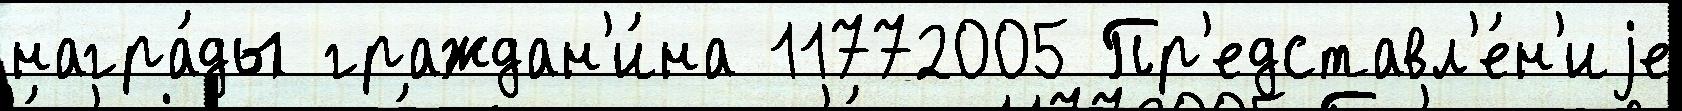
награ́ды граждан'и́на 11772005 Пр'едставл'е́н'иjе